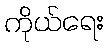
ကိုယ်ရေး